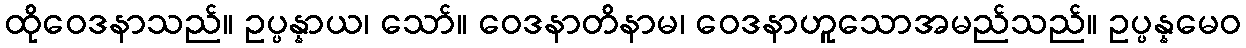
ထိုဝေဒနာသည်။ ဥပ္ပန္နာယ၊ သော်။ ဝေဒနာတိနာမ၊ ဝေဒနာဟူသောအမည်သည်။ ဥပ္ပန္နမေဝ